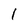
Character: 1